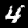
Digit: 4